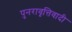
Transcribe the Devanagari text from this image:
पुनरावृत्तिवादी